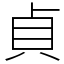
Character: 貞